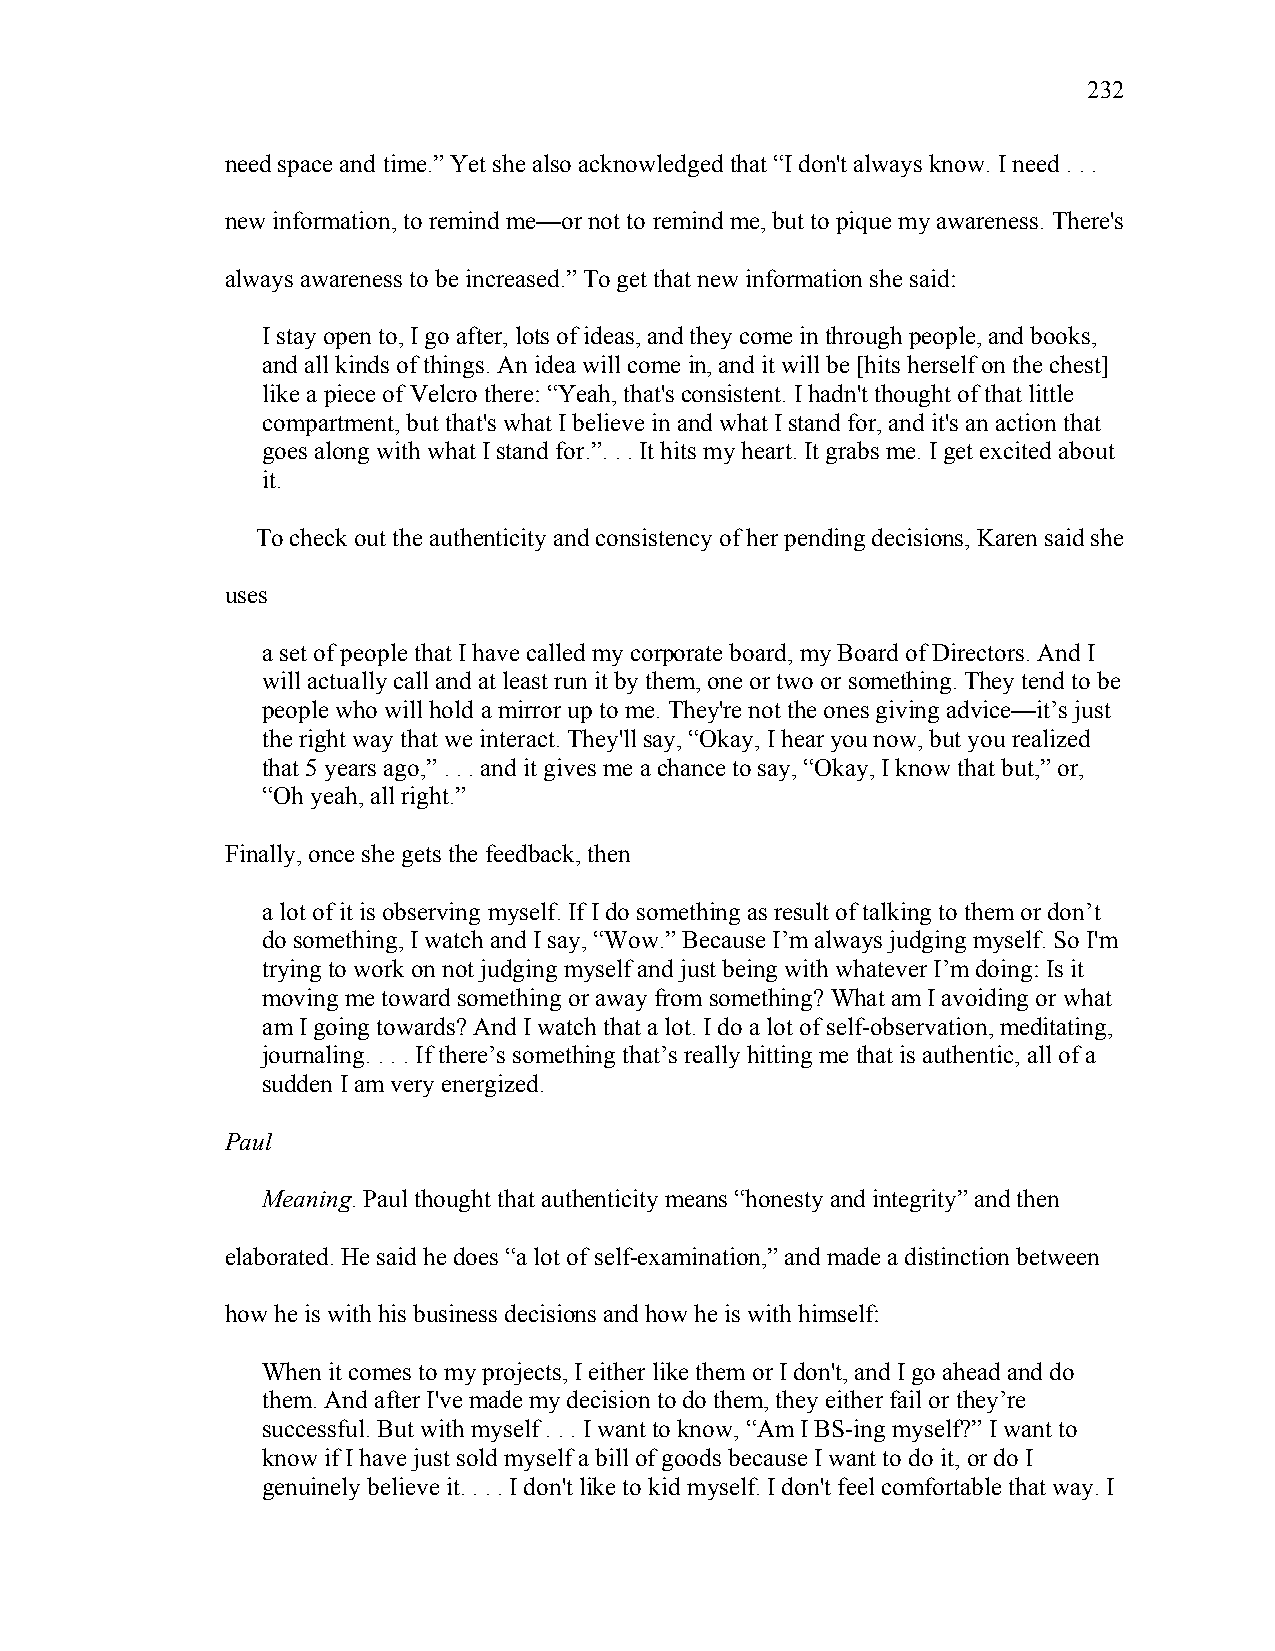
232
 need space and time.” Yet she also acknowledged that “I don't always know. I need . . .
 new information, to remind me—or not to remind me, but to pique my awareness. There's
 always awareness to be increased.” To get that new information she said:
 I stay open to, I go after, lots of ideas, and they come in through people, and books,
 and all kinds of things. An idea will come in, and it will be [hits herself on the chest]
 like a piece of Velcro there: “Yeah, that's consistent. I hadn't thought of that little
 compartment, but that's what I believe in and what I stand for, and it's an action that
 goes along with what I stand for.”. . . It hits my heart. It grabs me. I get excited about
 it.
 To check out the authenticity and consistency of her pending decisions, Karen said she
 uses
 a set of people that I have called my corporate board, my Board of Directors. And I
 will actually call and at least run it by them, one or two or something. They tend to be
 people who will hold a mirror up to me. They're not the ones giving advice—it’s just
 the right way that we interact. They'll say, “Okay, I hear you now, but you realized
 that 5 years ago,” . . . and it gives me a chance to say, “Okay, I know that but,” or,
 “Oh yeah, all right.”
 Finally, once she gets the feedback, then
 a lot of it is observing myself. If I do something as result of talking to them or don’t
 do something, I watch and I say, “Wow.” Because I’m always judging myself. So I'm
 trying to work on not judging myself and just being with whatever I’m doing: Is it
 moving me toward something or away from something? What am I avoiding or what
 am I going towards? And I watch that a lot. I do a lot of self-observation, meditating,
 journaling. . . . If there’s something that’s really hitting me that is authentic, all of a
 sudden I am very energized.
 Paul
 Meaning. Paul thought that authenticity means “honesty and integrity” and then
 elaborated. He said he does “a lot of self-examination,” and made a distinction between
 how he is with his business decisions and how he is with himself:
 When it comes to my projects, I either like them or I don't, and I go ahead and do
 them. And after I've made my decision to do them, they either fail or they’re
 successful. But with myself . . . I want to know, “Am I BS-ing myself?” I want to
 know if I have just sold myself a bill of goods because I want to do it, or do I
 genuinely believe it. . . . I don't like to kid myself. I don't feel comfortable that way. I